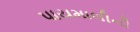
પાયમાલીની